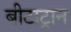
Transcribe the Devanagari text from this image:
बीटाट्रान